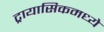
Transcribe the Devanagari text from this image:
ट्रायासिकमध्ये